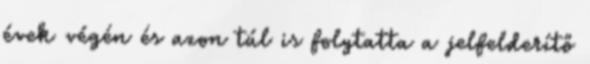
évek végén és azon túl is folytatta a jelfelderítő